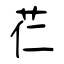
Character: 芢